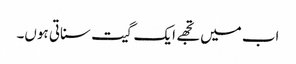
اب میں تجھے ایک گیت سناتی ہوں۔